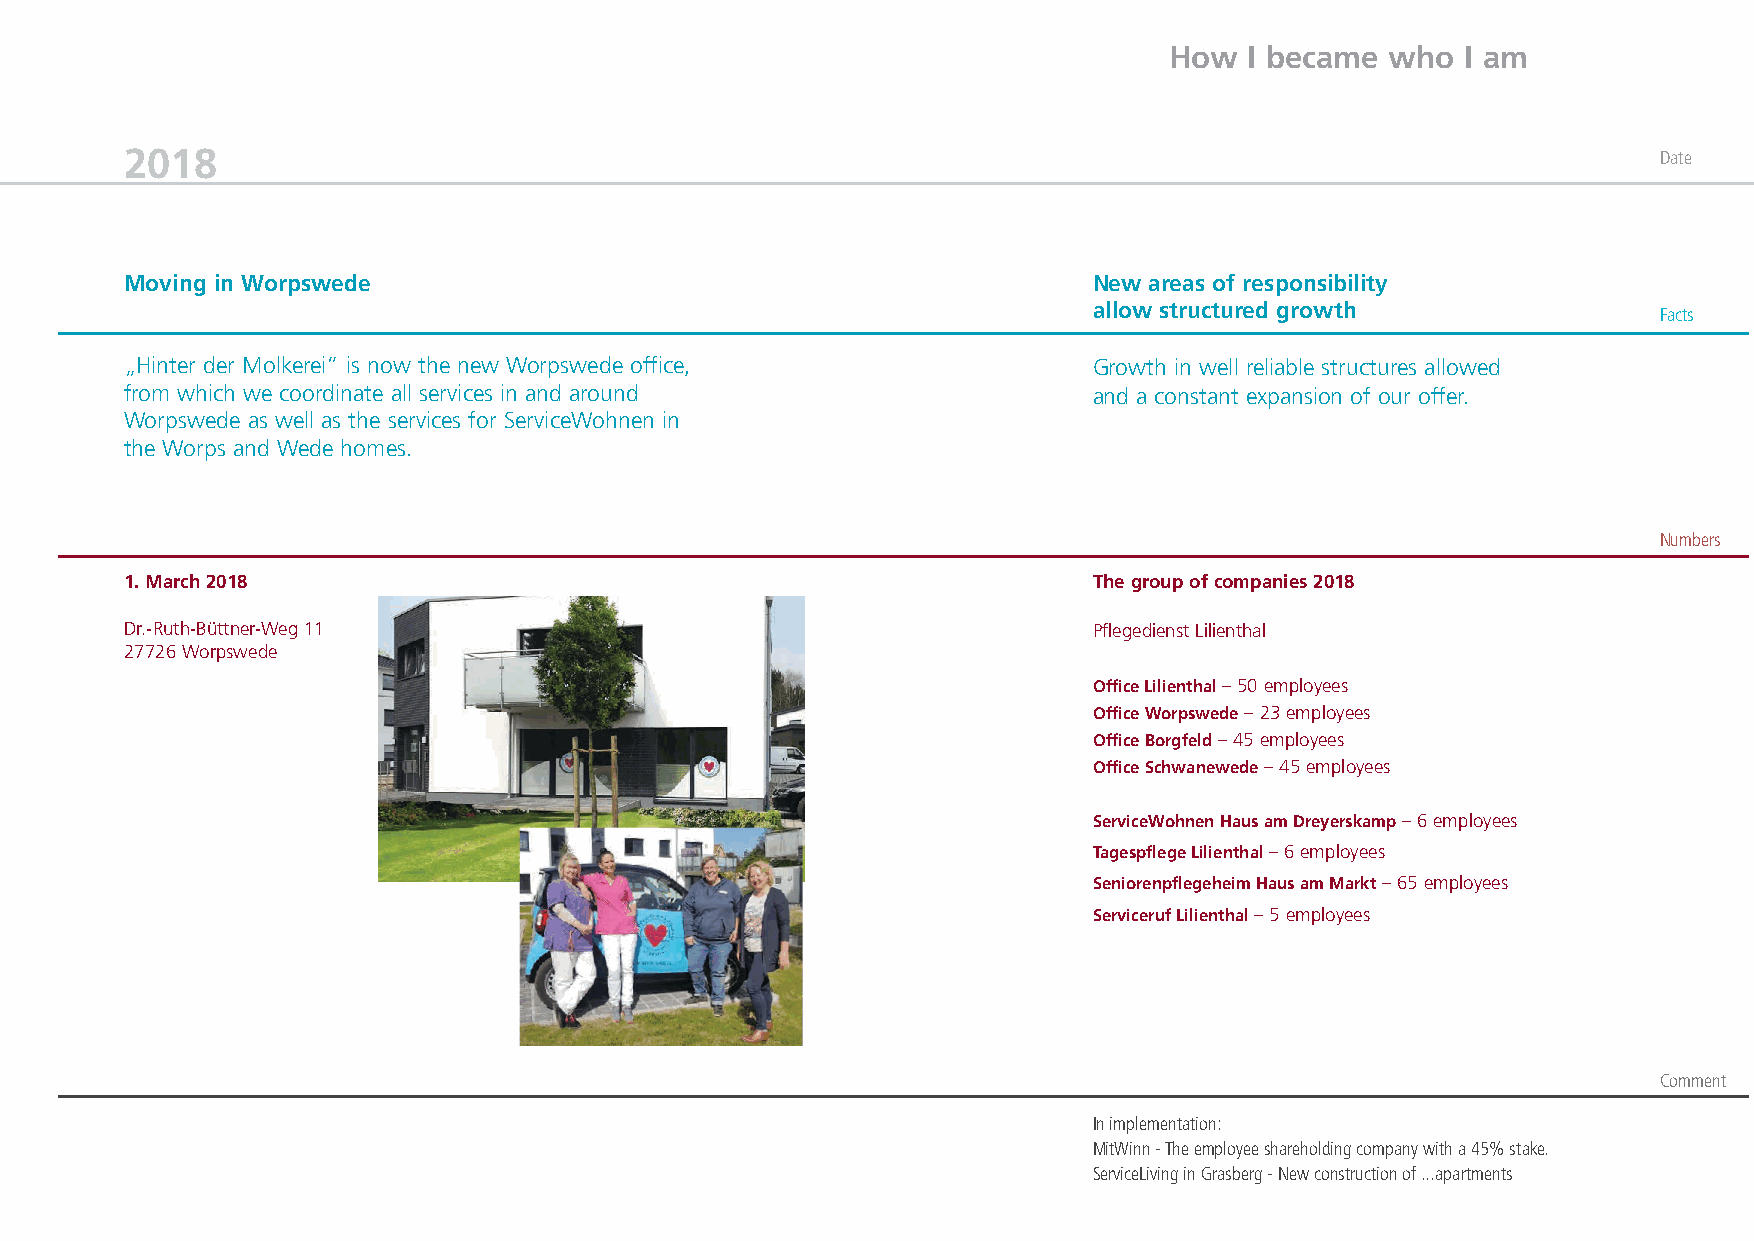
How   I became who  I am
 2018                                                                                                  Date
 Moving in Worpswede                                             New areas of responsibility
 allow structured growth               Facts
 „Hinter der Molkerei” is now the new Worpswede office,          Growth in well reliable structures allowed
 from which we coordinate all services in and around             and a constant expansion of our offer.
 Worpswede as well as the services for ServiceWohnen in
 the Worps and Wede homes.
 Numbers
 1. March 2018                                                   The group of companies 2018
 Dr.-Ruth-Büttner-Weg 11                                         Pflegedienst Lilienthal
 27726 Worpswede
 Office Lilienthal – 50 employees
 Office Worpswede – 23 employees
 Office Borgfeld – 45 employees
 Office Schwanewede – 45 employees
 ServiceWohnen Haus am Dreyerskamp – 6 employees
 Tagespflege Lilienthal – 6 employees
 Seniorenpflegeheim Haus am Markt – 65 employees
 Serviceruf Lilienthal – 5 employees
 Comment
 In implementation:
 MitWinn - The employee shareholding company with a 45% stake.
 ServiceLiving in Grasberg - New construction of ...apartments